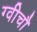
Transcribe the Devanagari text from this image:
ग्वीचौ